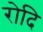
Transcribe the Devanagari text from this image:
रोदि